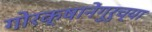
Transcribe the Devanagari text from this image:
गोरक्षानेंगुरुच्या